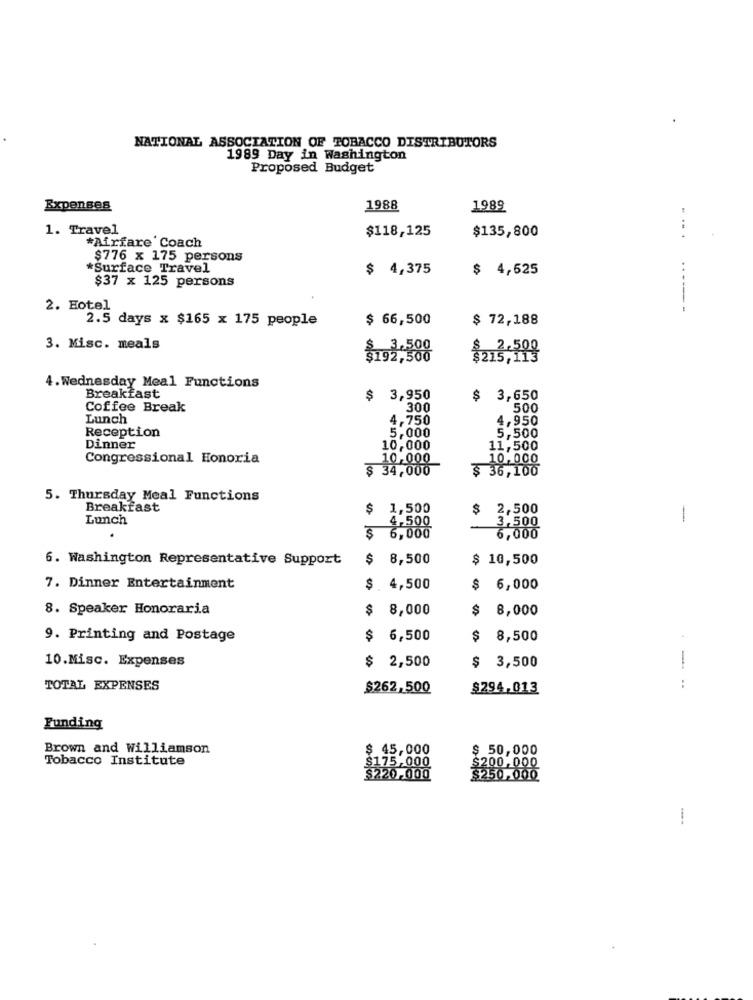
NATIONAL ASSOCIATION OF TOBACCO DISTRIBUTORS
1989 Day in Washington
Proposed Budget
Expenses
1988
1989
1. Travel
$118,125
$135,800
*Airfare Coach
$776 x 175 persons
*Surface Travel
$ 4,375
$ 4,625
$37 x 125 persons
2. Hotel
.... ------
2.5 days x $165 x 175 people
$ 66,500
$ 72,188
3. Misc. meals
4. Wednesday Meal Functions
Breakfast
$ 3,950
$ 3,650
Coffee Break
300
500
Lunch
4,750
4,950
Reception
5,000
5,500
Dinner
10,000
11,500
Congressional Honoria
10,000
10,000
$ 34,000
$ 36,100
5. Thursday Meal Functions
Breakfast
1,500
$ 2,500
Lunch
-
4,500
3,500
$ 6,000
6,000
6. Washington Representative Support
$ 8,500
$ 10,500
7. Dinner Entertainment
$ 4,500
$
6,000
8. Speaker Honoraria
$ 8,000
$
8,000
9. Printing and Postage
$ 6,500
$
8,500
10.Misc. Expenses
$ 2,500
$ 3,500
TOTAL EXPENSES
$262,500
$294.013
-..
Funding
Brown and Williamson
$ 45,000
$ 50,000
Tobacco Institute
$175,000
¥00 .000
$220.000
50,000
1